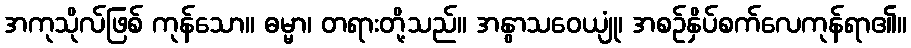
အကုသိုလ်ဖြစ် ကုန်သော။ ဓမ္မာ၊ တရားတို့သည်။ အနွာသဝေယျုံ၊ အစဉ်နှိပ်စက်လေကုန်ရာ၏။